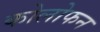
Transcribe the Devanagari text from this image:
कोलोफन